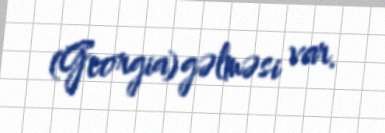
(Georgia) gəlməsi var.